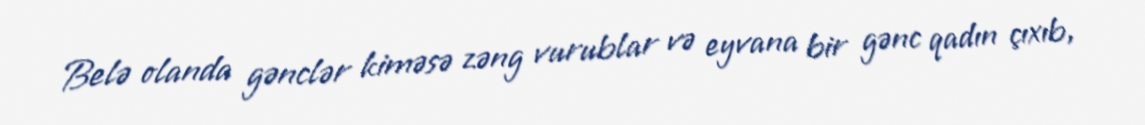
Belə olanda gənclər kiməsə zəng vurublar və eyvana bir gənc qadın çıxıb,